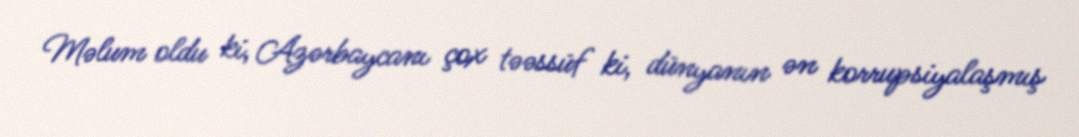
Məlum oldu ki, Azərbaycanı çox təəssüf ki, dünyanın ən korrupsiyalaşmış